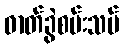
ဓာတ်ခွဲစမ်းသပ်